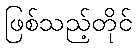
ဖြစ်သည့်တိုင်